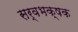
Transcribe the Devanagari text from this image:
सर्वभक्षक